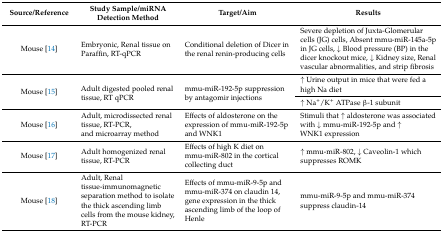
<table><thead><tr><td><b>Source/Reference</b></td><td><b>Study Sample/miRNA Detection Method</b></td><td><b>Target/Aim</b></td><td><b>Results</b></td></tr></thead><tbody><tr><td>Mouse [14]</td><td>Embryonic, Renal tissue on Paraffin, RT-qPCR</td><td>Conditional deletion of Dicer in the renal renin-producing cells</td><td>Severe depletion of Juxta-Glomerular cells (JG) cells, Absent mmu-miR-145a-5p in JG cells, ↓ Blood pressure (BP) in the dicer knockout mice, ↓ Kidney size, Renal vascular abnormalities, and strip fibrosis</td></tr><tr><td rowspan="2">Mouse [15]</td><td rowspan="2">Adult digested pooled renal tissue, RT qPCR</td><td rowspan="2">mmu-miR-192-5p suppression by antagomir injections</td><td>↑ Urine output in mice that were fed a high Na diet</td></tr><tr><td>↑ Na<sup>+</sup>/K<sup>+</sup> ATPase β-1 subunit</td></tr><tr><td>Mouse [16]</td><td>Adult, microdissected renal tissue, RT-PCR, and microarray method</td><td>Effects of aldosterone on the expression of mmu-miR-192-5p and WNK1</td><td>Stimuli that ↑ aldosterone was associated with ↓ mmu-miR-192-5p and ↑ WNK1 expression</td></tr><tr><td>Mouse [17]</td><td>Adult homogenized renal tissue, RT-PCR</td><td>Effects of high K diet on mmu-miR-802 in the cortical collecting duct</td><td>↑ mmu-miR-802, ↓ Caveolin-1 which suppresses ROMK</td></tr><tr><td>Mouse [18]</td><td>Adult, Renal tissue-immunomagnetic separation method to isolate the thick ascending limb cells from the mouse kidney, RT-PCR</td><td>Effects of mmu-miR-9-5p and mmu-miR-374 on claudin 14, gene expression in the thick ascending limb of the loop of Henle</td><td>mmu-miR-9-5p and mmu-miR-374 suppress claudin-14</td></tr></tbody></table>